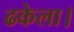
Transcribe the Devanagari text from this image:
ढकेला।